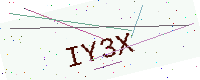
Text: IY3X